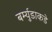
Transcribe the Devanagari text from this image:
बर्म्युडाकडे